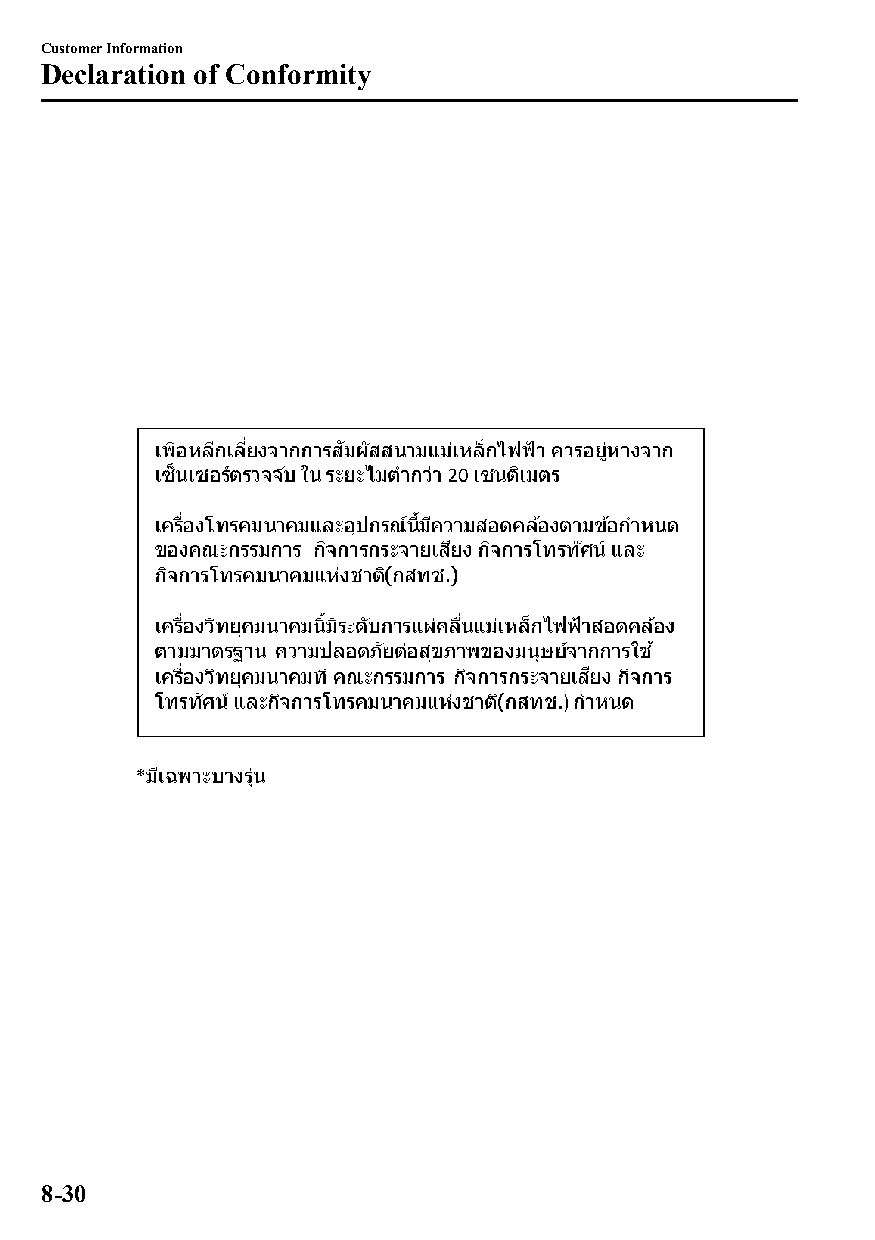
Customer Information
 Declaration of Conformity
 8-30
 CX-3_8GT4-EE-18D_Edition4                  2018-9-6 18:32:19